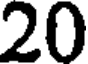
20